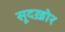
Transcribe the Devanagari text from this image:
सूदख़ोर